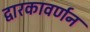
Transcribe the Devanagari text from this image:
द्वारकावर्णन